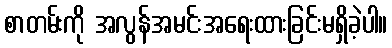
စာတမ်းကို အလွန်အမင်းအရေးထားခြင်းမရှိခဲ့ပါ။